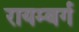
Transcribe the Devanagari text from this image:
रायम्बर्ग